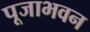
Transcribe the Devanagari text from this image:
पूजाभवन